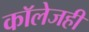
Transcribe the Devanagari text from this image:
काॅलेजही